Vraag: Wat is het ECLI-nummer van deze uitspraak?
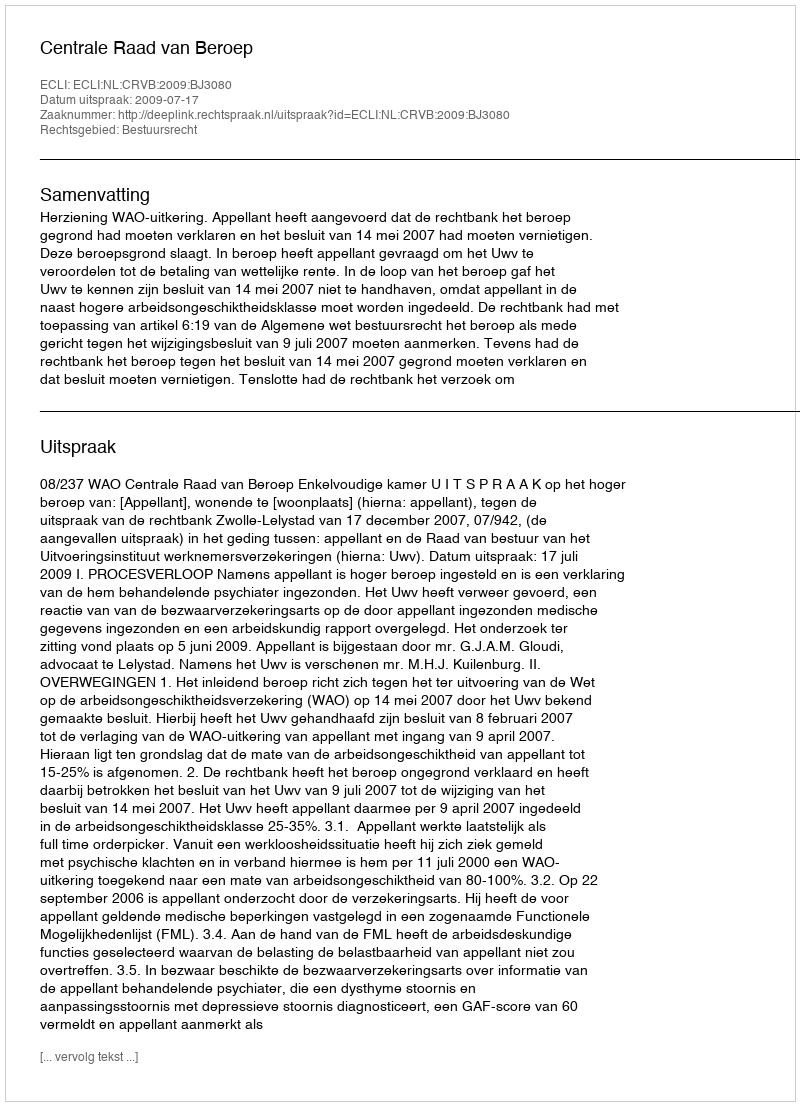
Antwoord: ECLI:NL:CRVB:2009:BJ3080